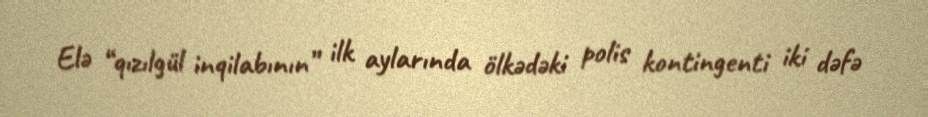
Elə “qızılgül inqilabının” ilk aylarında ölkədəki polis kontingenti iki dəfə